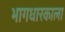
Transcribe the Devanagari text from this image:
भागधारकाला